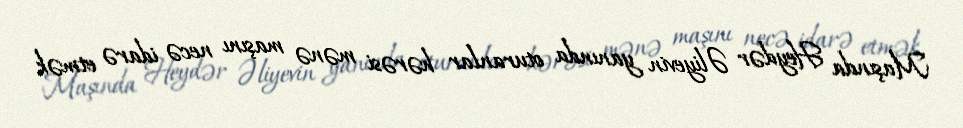
Maşında Heydər Əliyevin yanında oturanlar hərəsi mənə maşını necə idarə etmək